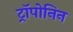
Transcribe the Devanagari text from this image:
ट्रॉपोनिन